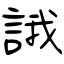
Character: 誐